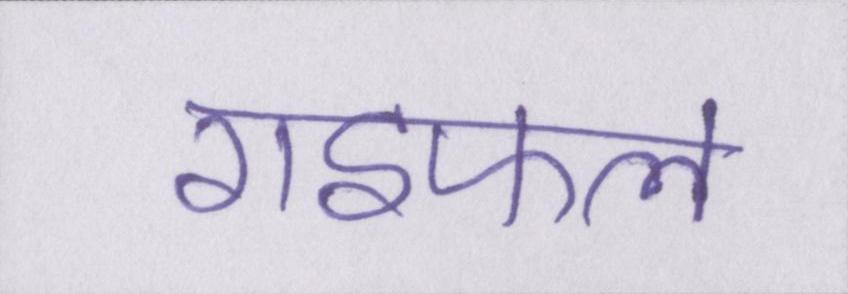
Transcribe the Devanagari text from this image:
राइफल